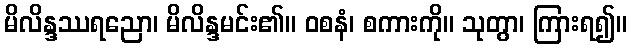
မိလိန္ဒဿရညော၊ မိလိန္ဒမင်း၏။ ဝစနံ၊ စကားကို။ သုတွာ၊ ကြားရ၍။